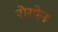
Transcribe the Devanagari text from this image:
रोस्पेन